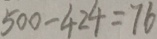
5 0 0 - 4 2 4 = 7 6